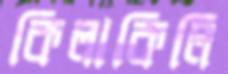
কিলাকিলি